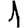
Digit: 1